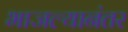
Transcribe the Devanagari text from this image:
भाजल्यानंतर